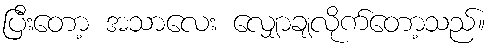
ပြီးတော့ အသာလေး လျှောချလိုက်တော့သည်။